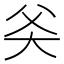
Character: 𬋻